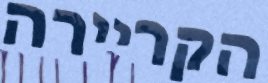
הקריירה